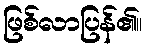
ဖြစ်လာပြန်၏။